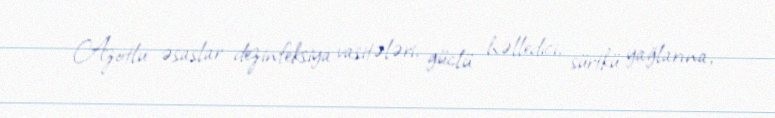
Azotlu əsaslar dezinfeksiya vasitələri, güclü həlledici, sürtkü yağlarına,